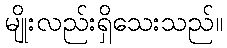
မျိုးလည်းရှိသေးသည်။